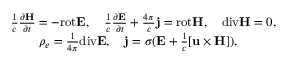
\begin{array} { r } { \frac { 1 } { c } \frac { \partial { \bf H } } { \partial t } = - \mathrm { r o t } { \bf E } , \quad \frac { 1 } { c } \frac { \partial { \bf E } } { \partial t } + \frac { 4 \pi } { c } { \bf j } = \mathrm { r o t } { \bf H } , \quad \mathrm { d i v } { \bf H } = 0 , } \\ { \rho _ { e } = \frac { 1 } { 4 \pi } \mathrm { d i v } { \bf E } , \quad { \bf j } = \sigma ( { \bf E } + \frac { 1 } { c } { \bf [ u \times H ] } ) , \quad \quad \quad } \end{array}